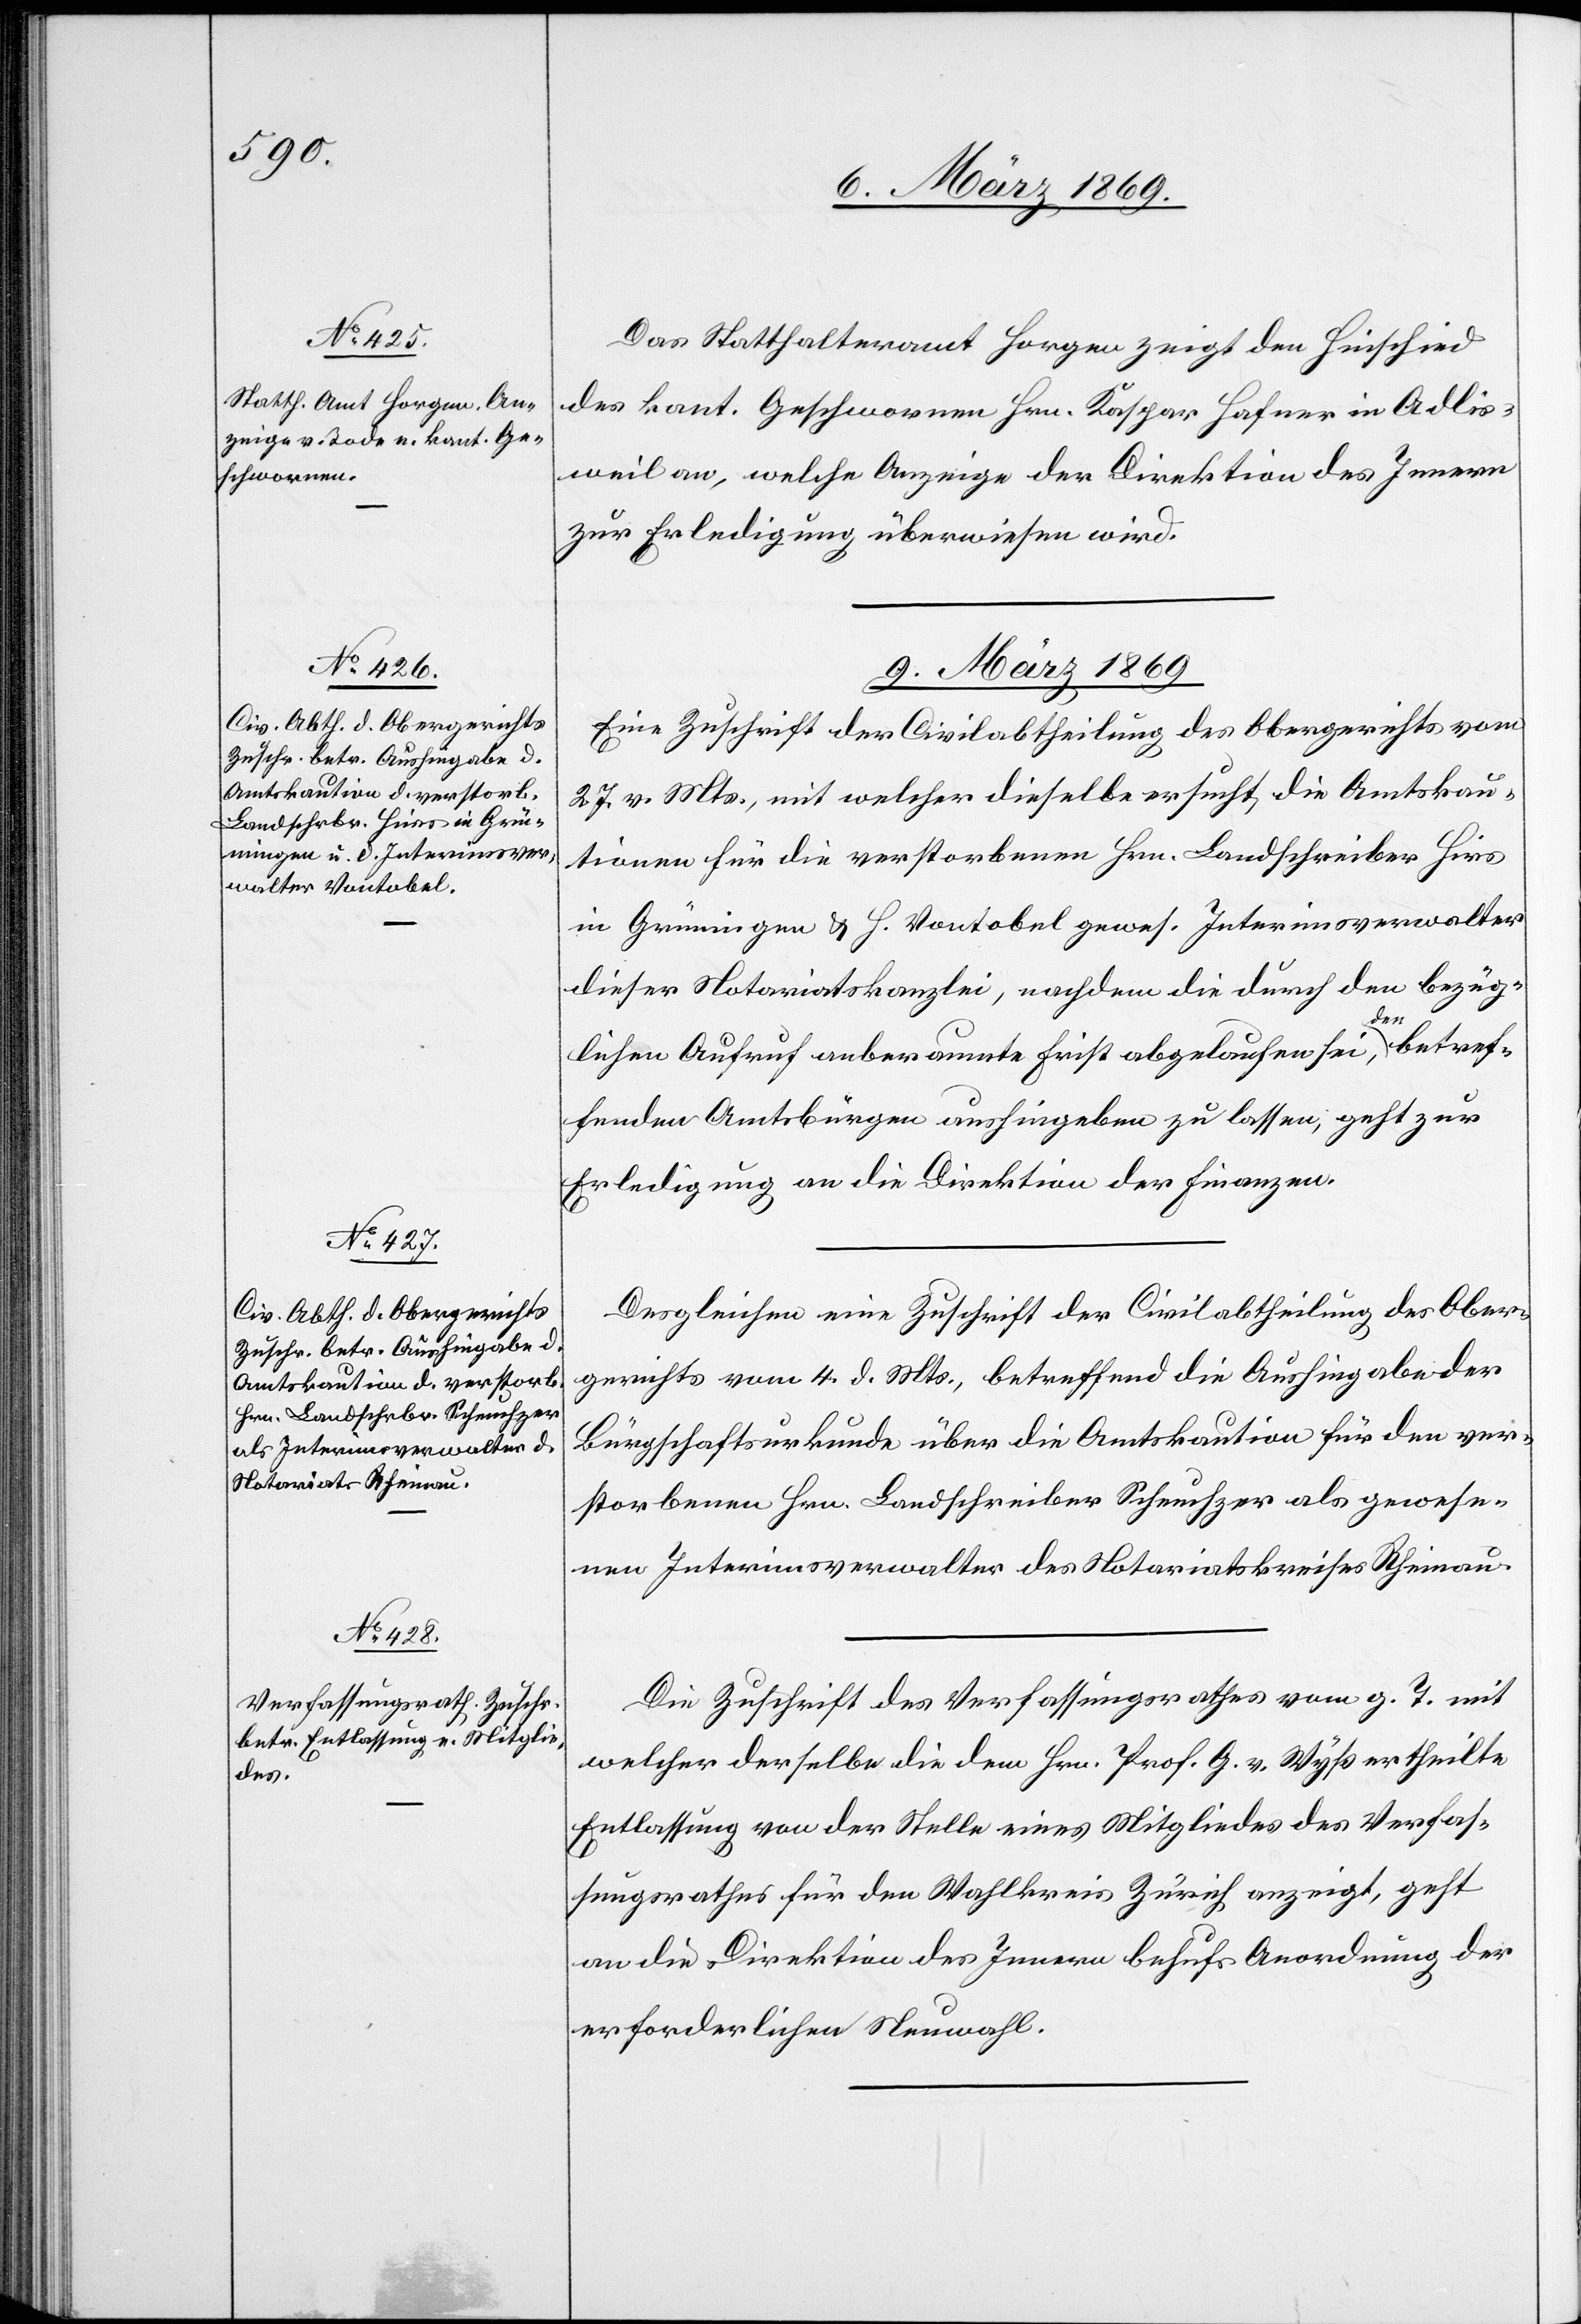
8. März 1869.]
Das Statthalteramt Horgen zeigt den Hinschied
des kant. Geschworenen Hrn. Kaspar Hafner in Adlis¬
weil an, welche Anzeige der Direktion des Innern
zur Erledigung überwiesen sind.
9. März 1869.]
Eine Zuschrift der Civilabtheilung des Obergerichts vom
27. v. Mts., mit welcher dieselbe ersucht, die Amtskau¬
tionen für die verstorbenen Hrn. Landschreiber Hirs
in Grüningen u. H. Vontobel gewes. Interimsverwalter
dieser Notariatskanzlei, nachdem die durch den bezüg¬
lichen Aufruf anberaumte Frist abgelaufen sei, den betref¬
fenden Amtsbürgern aushingeben zu lassen; geht zur
Erledigung an die Direktion der Finanzen.
Desgleichen eine Zuschrift der Civilabtheilung des Ober¬
gerichts vom 4. d. Mts., betreffend die Aushingabe der
Bürgschaftsurkunde über die Amtskaution für den ver¬
storbenen Hrn. Landschreiber Scheuchzer als gewese¬
nen Interimsverwalter des Notariatskreises Rheinau.
Die Zuschrift des Verfassungsrathes vom g. T. mit
welcher derselbe die dem Hrn. Prof. G. v. Wyß ertheilte
Entlassung von der Stelle eines Mitgliedes des Verfas¬
sungsrathes für den Wahlkreis Zürich anzeigt, geht
an die Direktion des Innern behufs Anordnung der
erforderlichen Neuwahl.